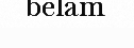
belam